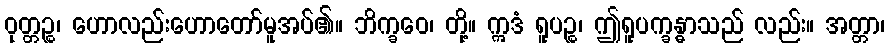
ဝုတ္တဉ္စ၊ ဟောလည်းဟောတော်မူအပ်၏။ ဘိက္ခဝေ၊ တို့။ ဣဒံ ရူပဉ္စ၊ ဤရူပက္ခန္ဓာသည် လည်း။ အတ္တာ၊